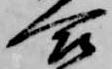
合